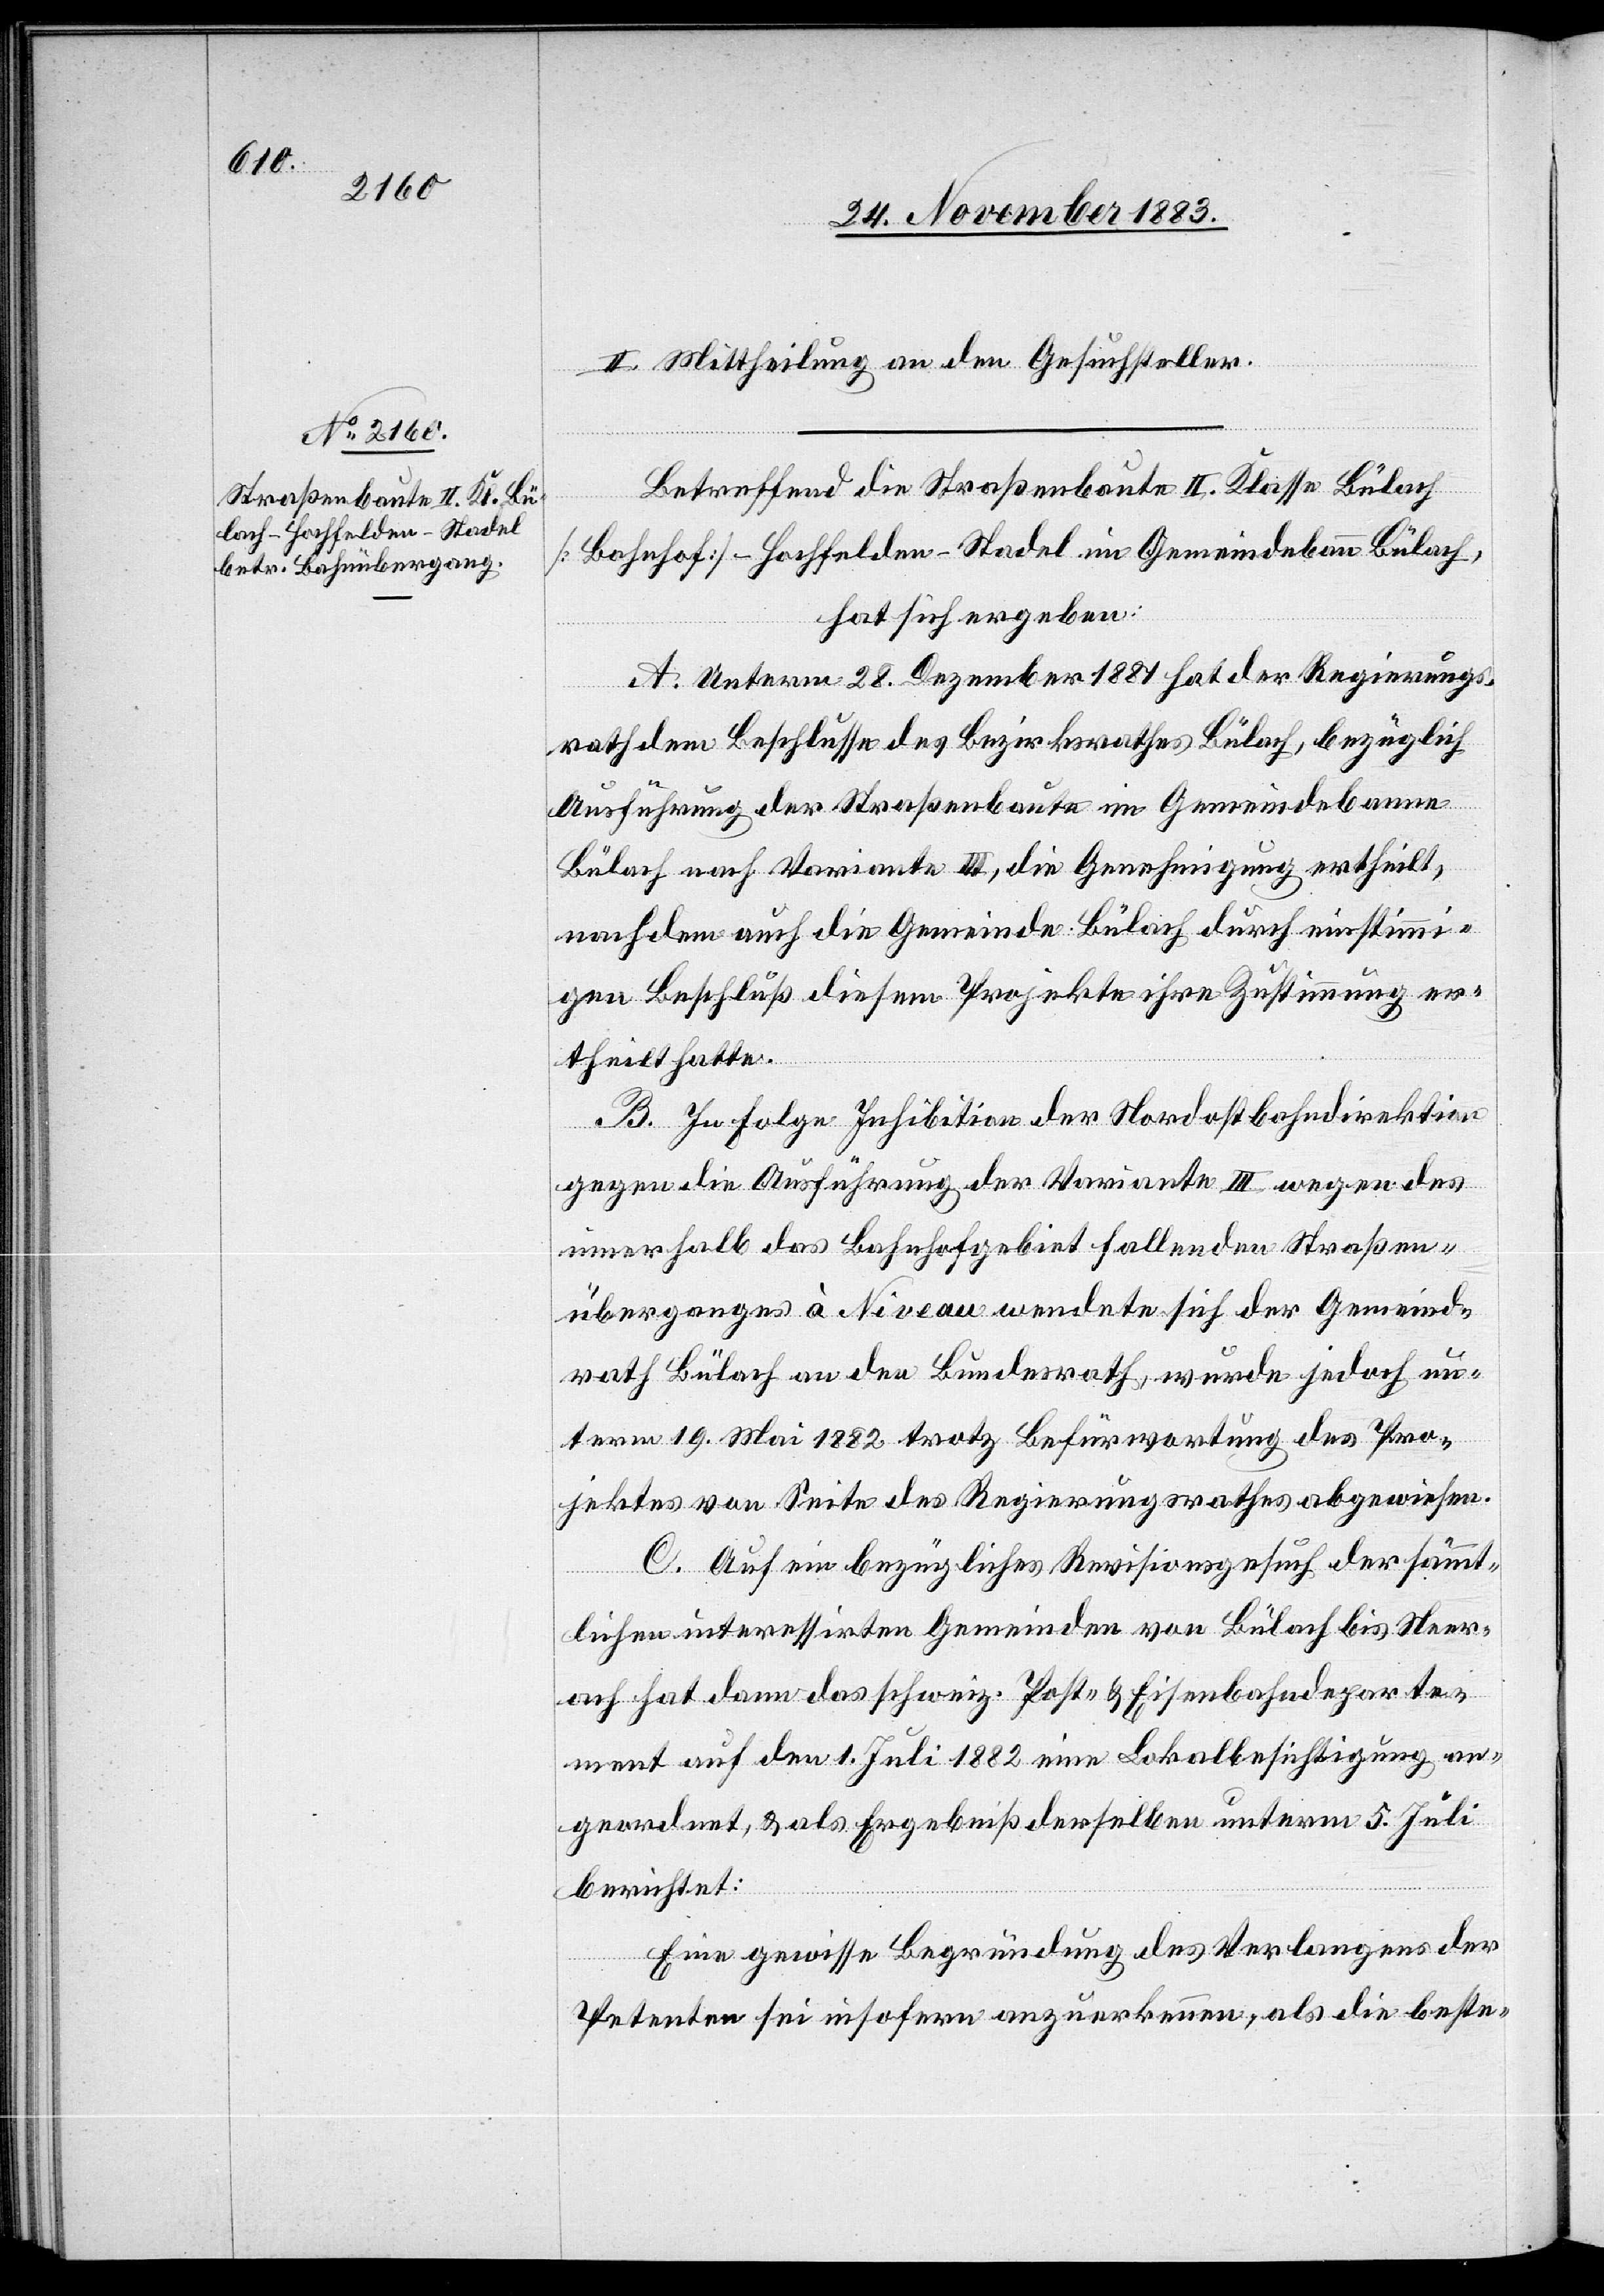
II. Mittheilung an den Gesuchsteller.
Betreffend die Straßenbaute II. Klasse Bülach
[Bahnhof]–Hochfelden–Stadel im Gemeindebann Bülach,
hat sich ergeben:
A. Unterm 28. Dezember 1881 hat der Regierungs¬
rath dem Beschlusse des Bezirksrathes Bülach, bezüglich
Ausführung der Straßenbaute im Gemeindebanne
Bülach nach Variante III, die Genehmigung ertheilt,
nachdem auch die Gemeinde Bülach durch einstimmi¬
gen Beschluß diesen Projekte ihre Zustimmung er¬
theilt hatte.
B. In Folge Inhibition der Nordostbahndirektion
gegen die Ausführung der Variante III wegen des
innerhalb des Bahnhofgebiet fallenden Straßen¬
überganges à Niveau wendete sich der Gemeind¬
rath Bülach an den Bundesrath, wurde jedoch un¬
term 19. Mai 1882 trotz Befürwortung des Pro¬
jektes von Seite des Regierungsrathes abgewiesen.
C. Auf ein bezügliches Revisionsgesuch der sämmt¬
lichen interessirten Gemeinden von Bülach bis Neer¬
ach hat dann das schweiz. Post- & Eisenbahndeparte¬
ment auf den 1. Juli 1882 eine Lokalbesichtigung an¬
geordnet, & als Ergebniß derselben unterm 5. Juli
berichtet:
Eine gewisse Begründung des Verlangens der
Petenten sei insofern anzuerkennen, als die beste-